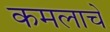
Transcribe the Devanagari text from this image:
कमलाचे